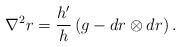
LaTeX: \begin{align*} \nabla^2 r = \frac{h'}{h} \left( g - dr \otimes dr\right). \end{align*}